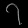
Digit: ၇